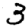
Digit: 3